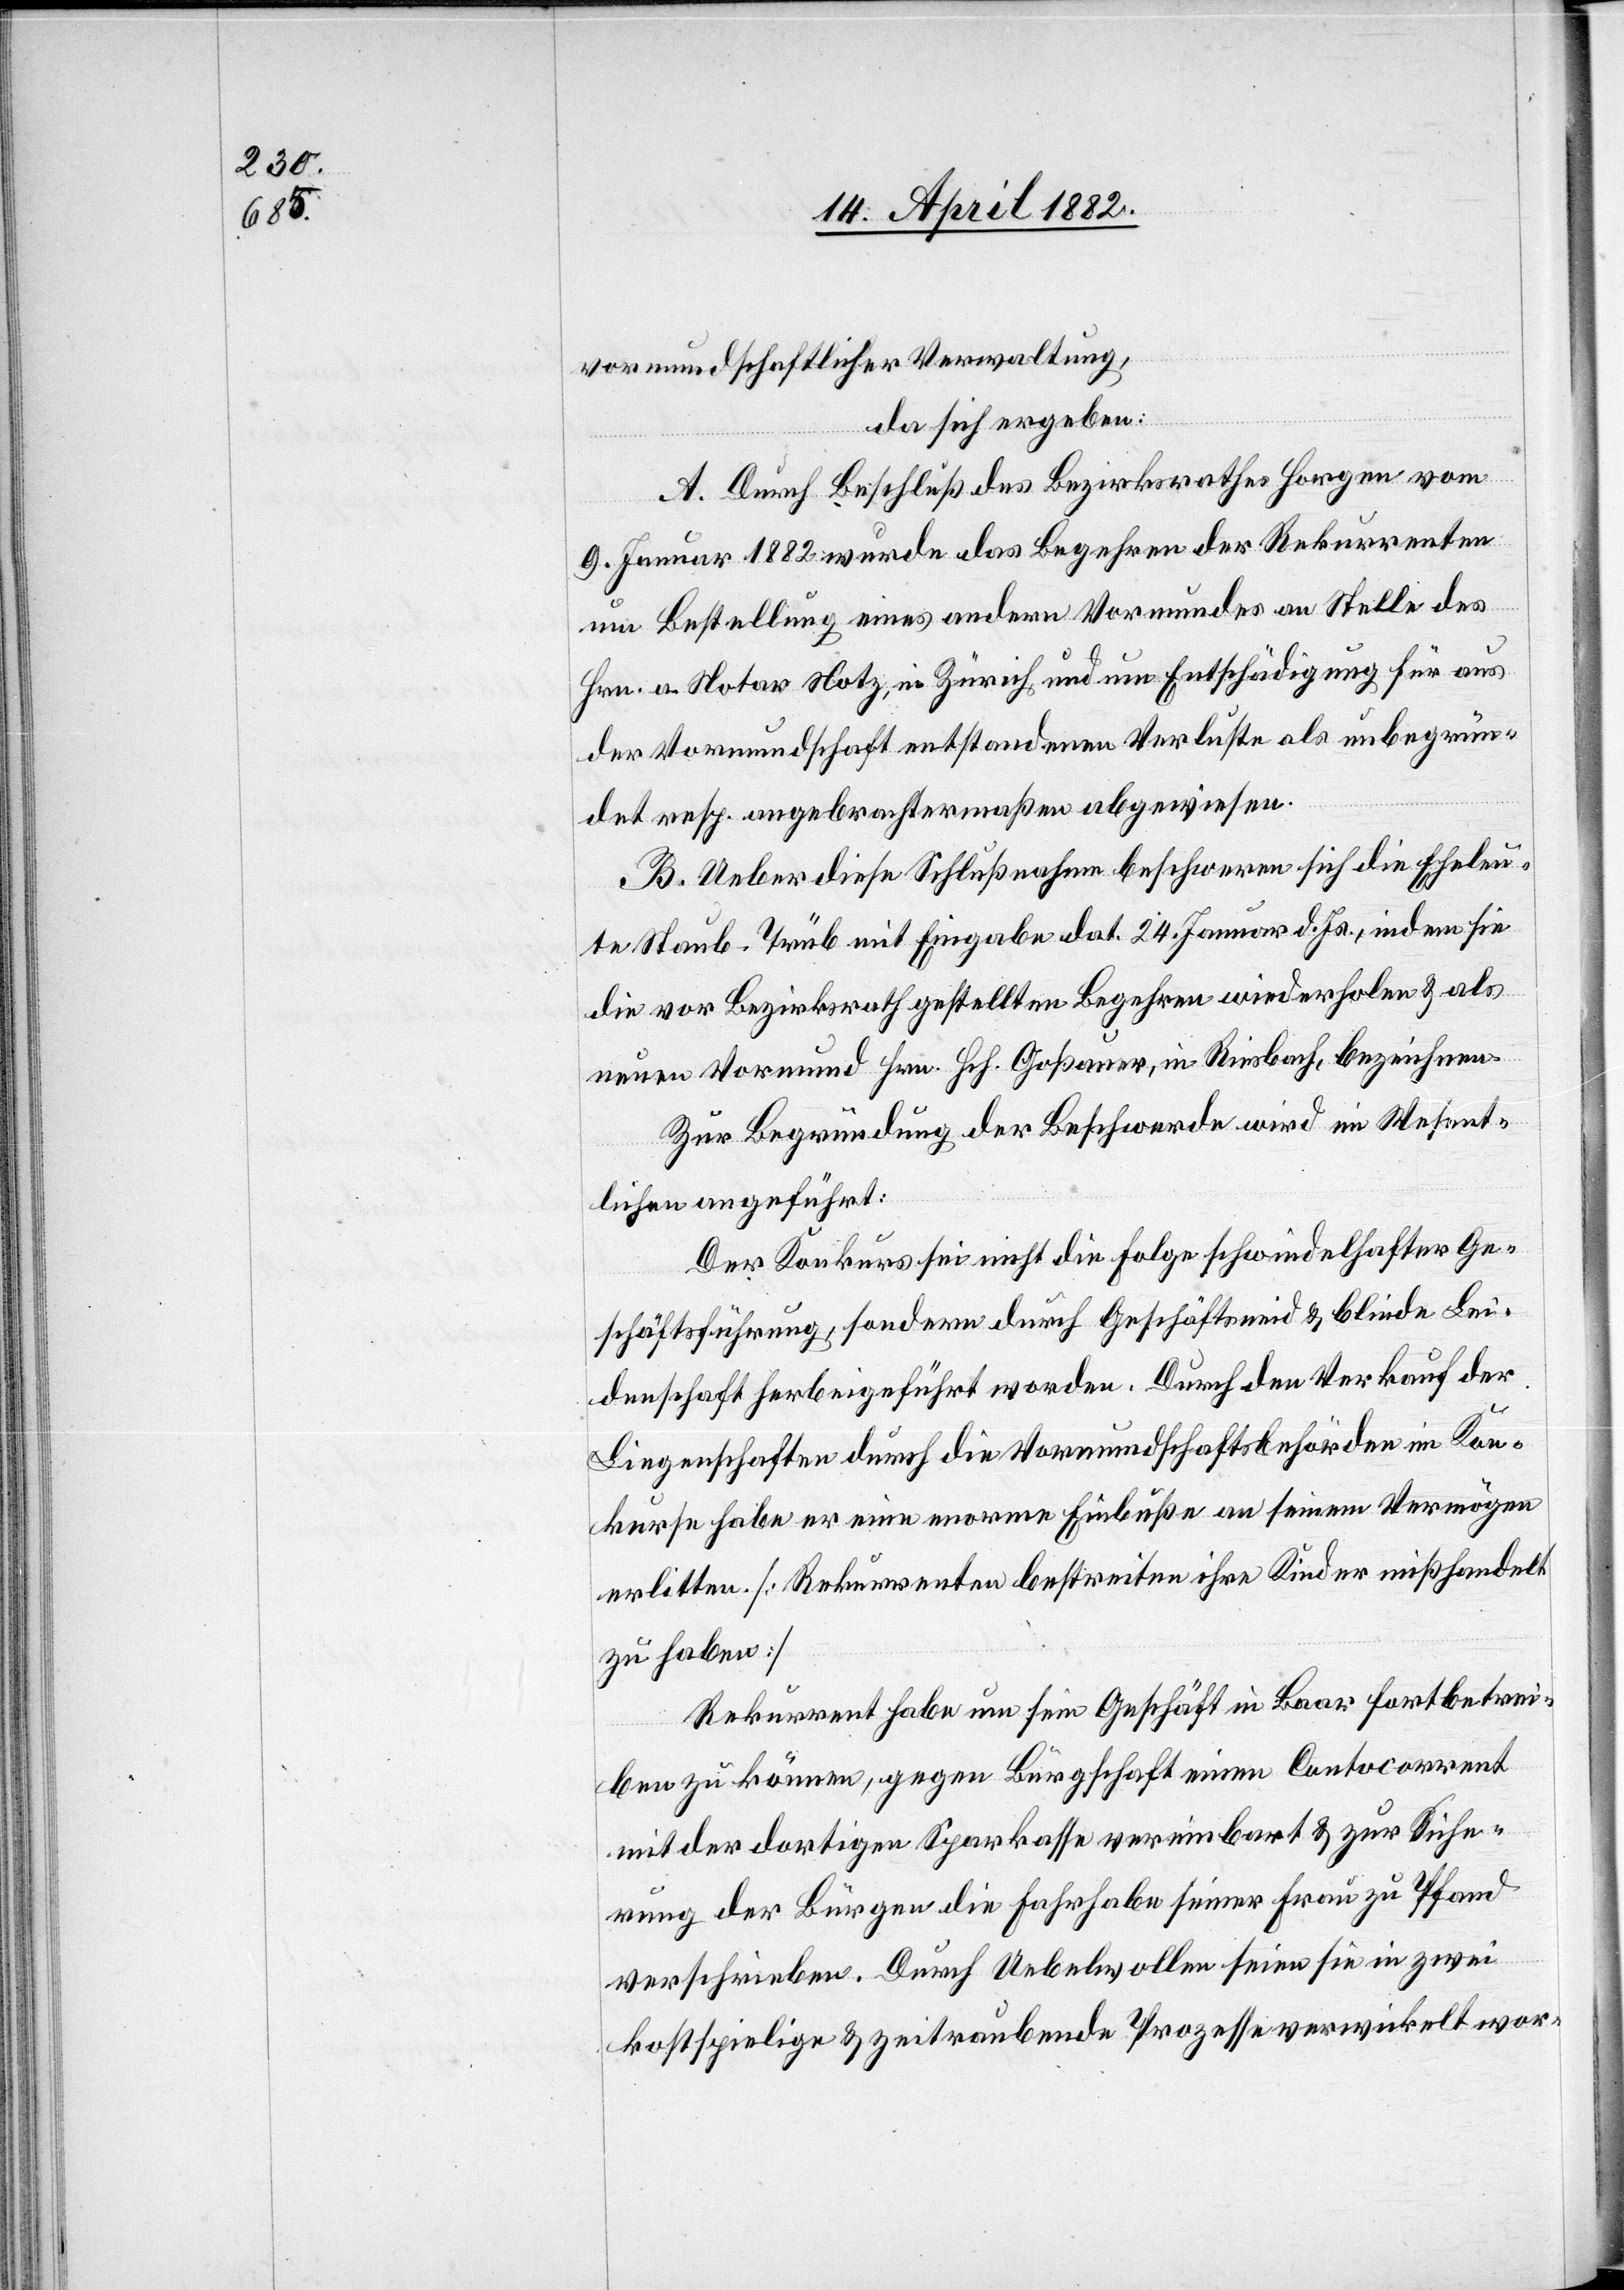
vormundschaftlicher Verwaltung,
da sich ergeben:
A. Durch Beschluß des Bezirksrathes Horgen vom
9. Januar 1882 wurde das Begehren der Rekurrenten
um Bestellung eines andern Vormundes an Stelle des
Hrn. a. Notar Notz, in Zürich und um Entschädigung für aus
der Vormundschaft entstandenen Verluste als unbegrün¬
det resp. angebrachtermaßen abgewiesen.
B. Ueber diese Schlußnahme beschweren sich die Eheleu¬
te Staub-Trüb mit Eingabe dat. 24. Januar d. Js., indem sie
die vor Bezirksrath gestellten Begehren wiederholen & als
neuen Vormund Hrn. Hch. Goßauer, in Riesbach, bezeichnen.
Zur Begründung der Beschwerde wird im Wesent¬
lichen angeführt:
Der Konkurs sei nicht die Folge schwindelhafter Ge¬
schäftsführung, sondern durch Geschäftsneid & blinde Lei¬
denschaft herbeigeführt worden. Durch den Verkauf der
Liegenschaften durch die Vormundschaftsbehörden im Kon¬
kurse habe er eine enorme Einbuße an seinem Vermögen
erlitten. [Rekurrenten bestreiten ihre Kinder mißhandelt
zu haben]
Rekurrent habe um sein Geschäft in Baar fortbetrei¬
ben zu können, gegen Bürgschaft einen Contocorrent
mit der dortigen Sparkasse vereinbart & zur Siche¬
rung der Bürgen die Fahrhabe seiner Frau zu Pfand
verschrieben. Durch Uebelwollen seien sie in zwei
kostspielige & zeitraubende Prozesse verwickelt wor-